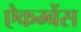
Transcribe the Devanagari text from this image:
ऐकम्बेंस